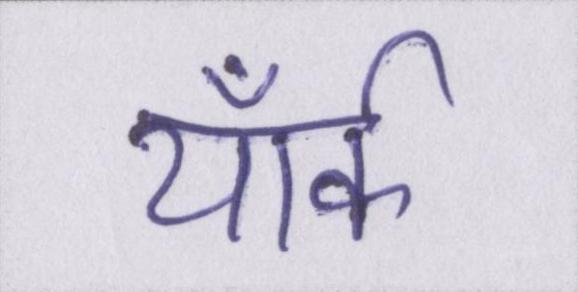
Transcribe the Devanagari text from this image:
यॉर्क